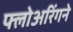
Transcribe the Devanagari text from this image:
फ्लोअरिंगने